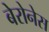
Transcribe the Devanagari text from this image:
बेरोनेस